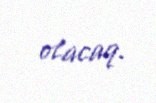
olacaq.